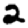
Digit: 2